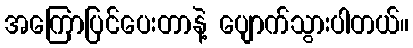
အကြောပြင်ပေးတာနဲ့ ပျောက်သွားပါတယ်။